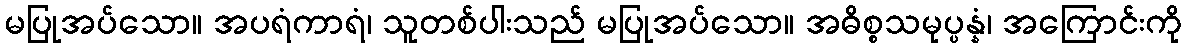
မပြုအပ်သော။ အပရံကာရံ၊ သူတစ်ပါးသည် မပြုအပ်သော။ အဓိစ္စသမုပ္ပန္နံ၊ အကြောင်းကို